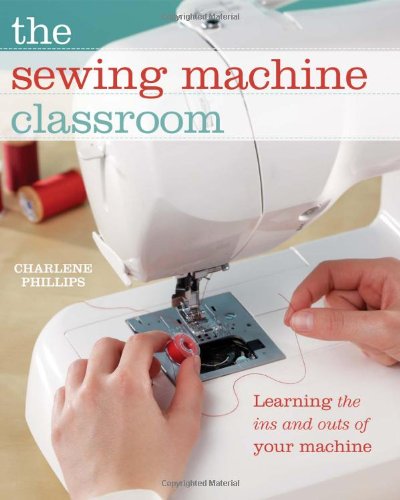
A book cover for The Sewing Machine Classroom: Learn the Ins & Outs of Your Machine; Charlene Phillips; Crafts, Hobbies & Home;